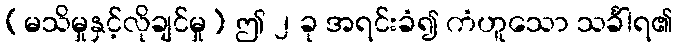
(မသိမှုနှင့်လိုချင်မှု) ဤ ၂ ခု အရင်းခံ၍ ကံဟူသော သင်္ခါရ၏